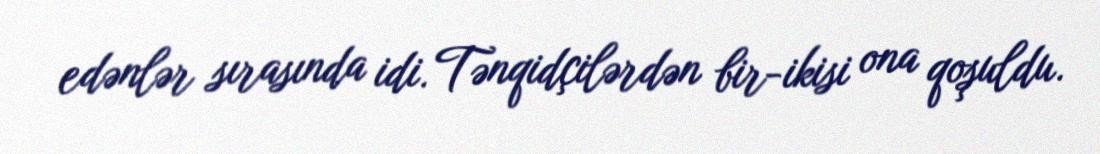
edənlər sırasında idi. Tənqidçilərdən bir-ikisi ona qoşuldu.